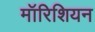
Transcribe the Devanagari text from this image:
मॉरिशियन